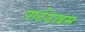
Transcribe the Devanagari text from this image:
पार्टटाइम